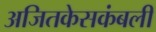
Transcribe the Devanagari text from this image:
अजितकेसकंबली